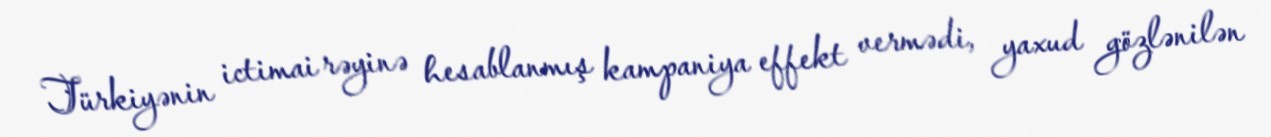
Türkiyənin ictimai rəyinə hesablanmış kampaniya effekt vermədi, yaxud gözlənilən